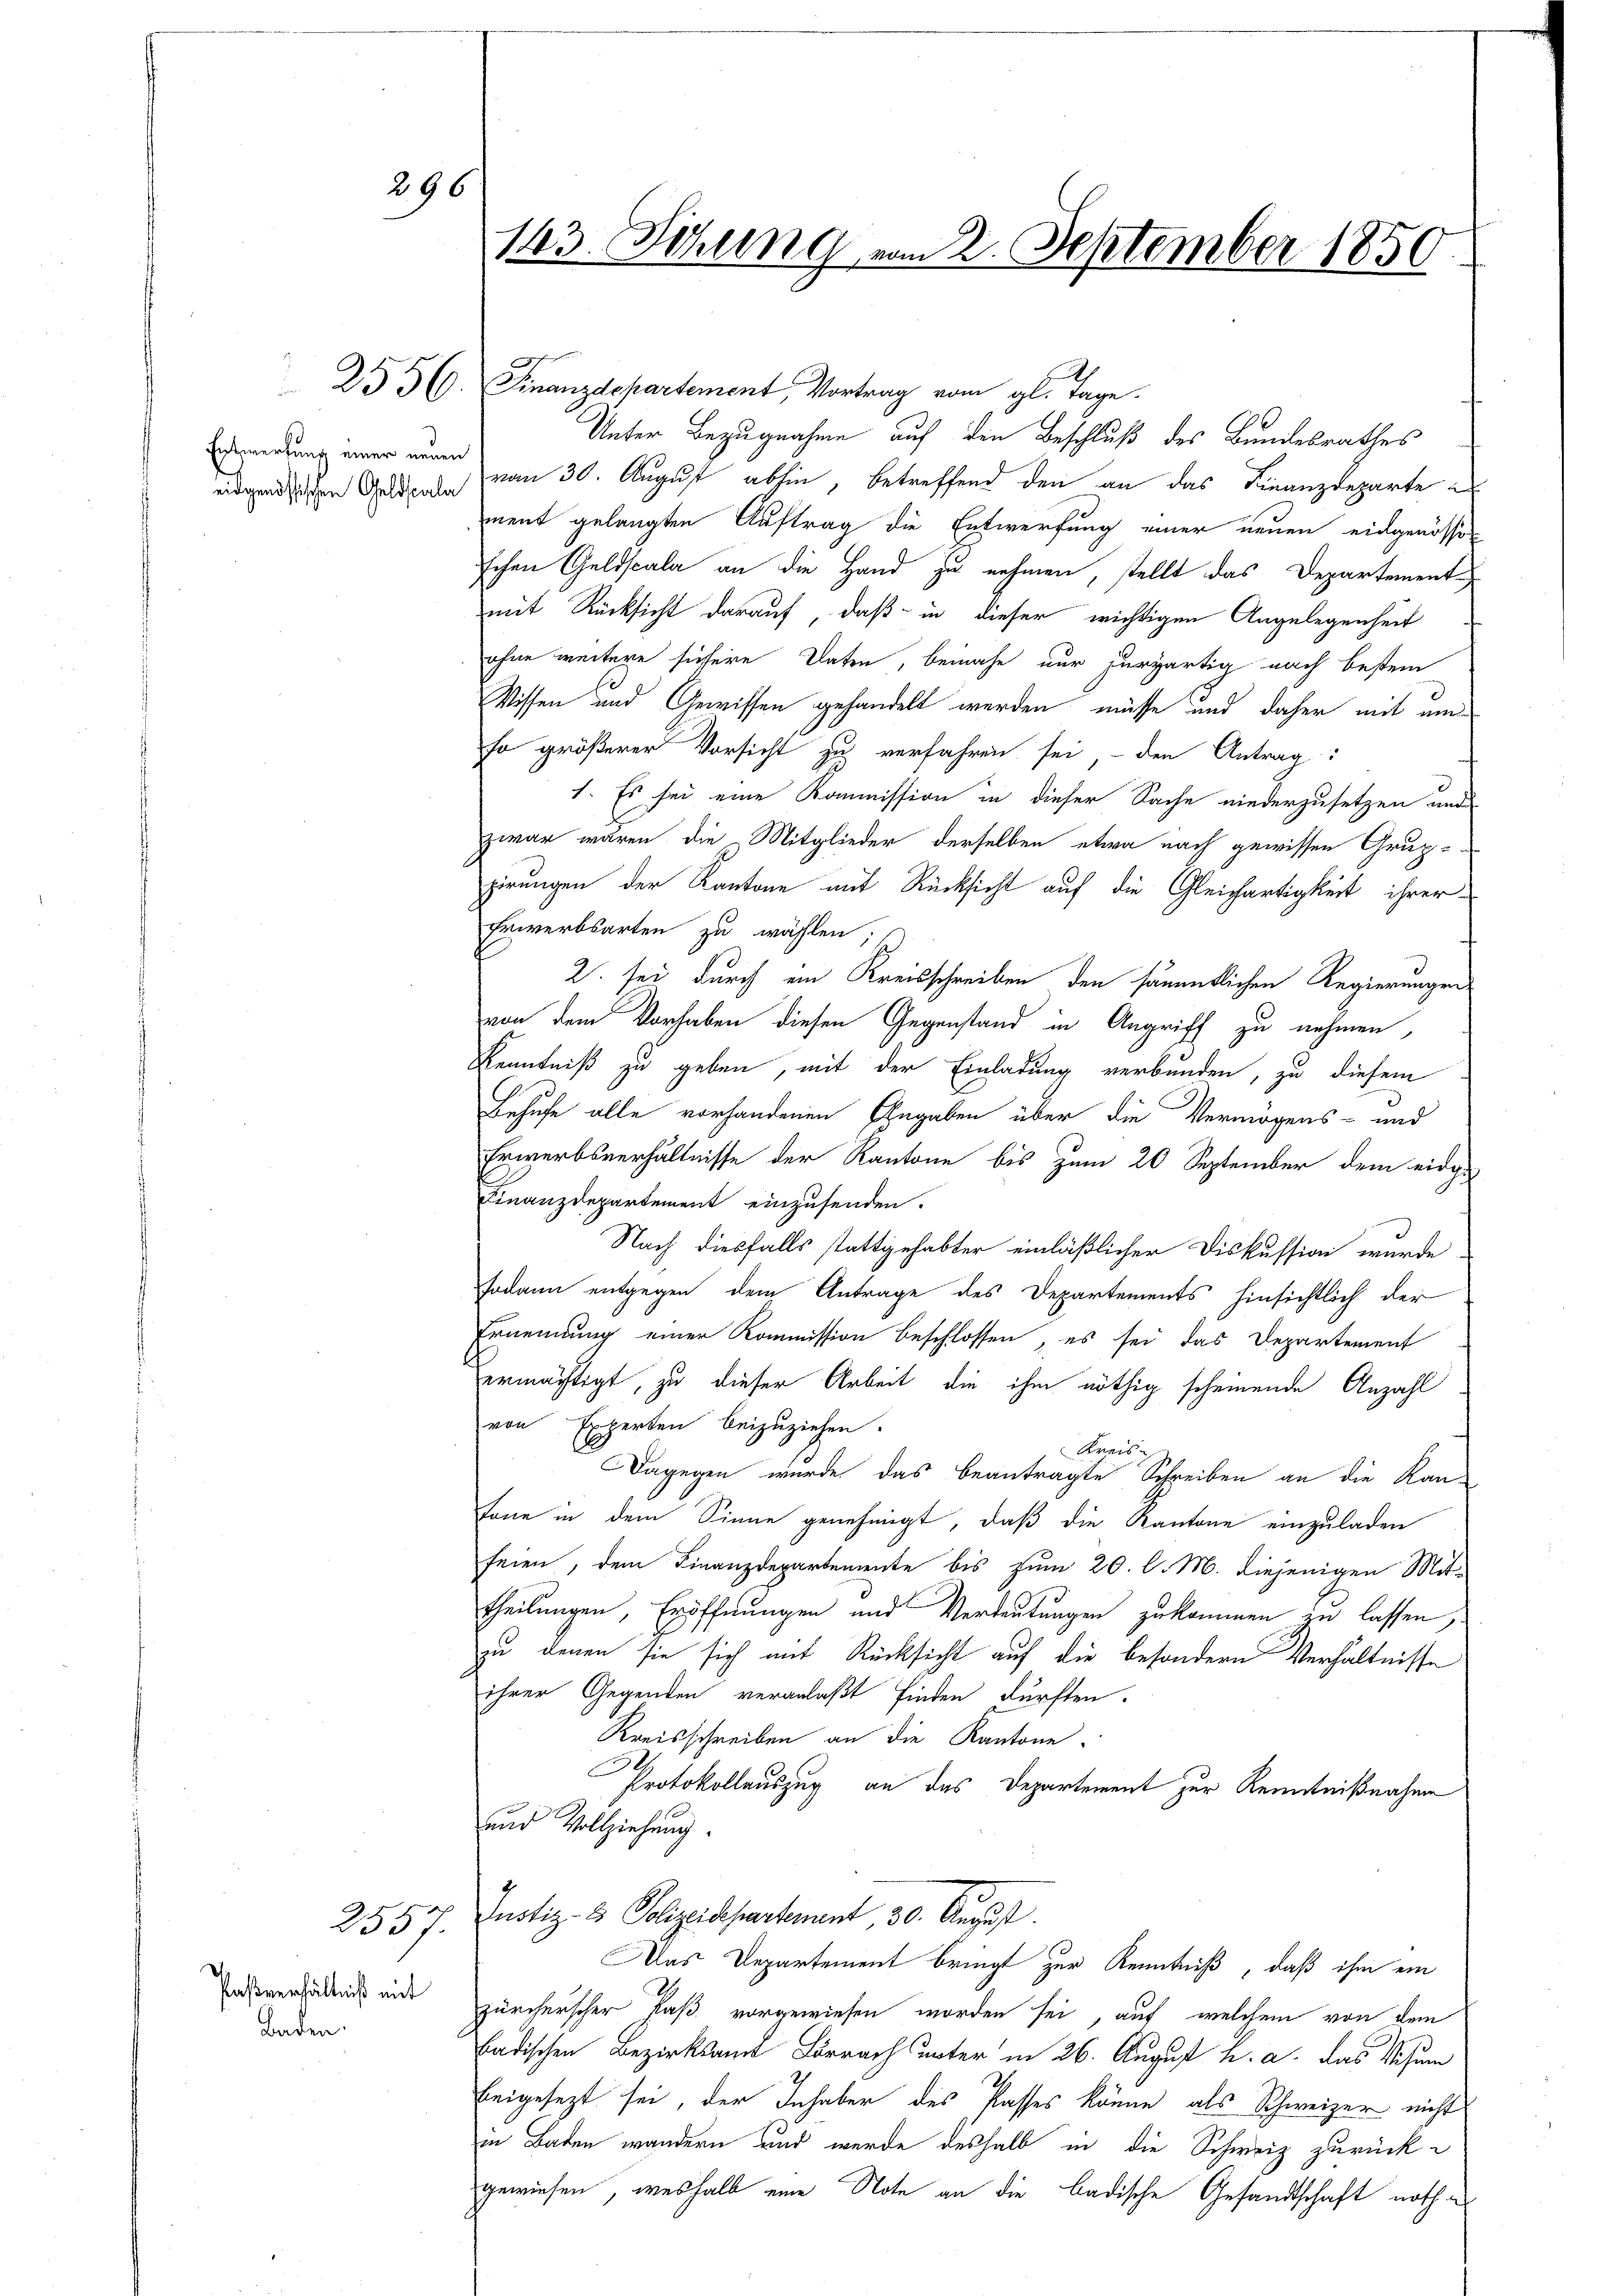
296

Enswertung einer neuen

Paßverhältniß mit
Baden.

2557.

143. Sitzung vom 2. September 1850.

2556. Finanzdepartement, Vortrag vom gl. Tage.
Unter Bezugnahme auf den Beschluß des Bundesrathes
eidgenössischen Geld von 30. August abhin, betreffend den an das Finanzdeparte in
ment gelangten Auftrag die Entwerfung einer neuen eingenösser
schen Geldscala an die Hand zu nehmen, stellt das Departementmit Rücksicht darauf, daß in dieser wichtigen Angelegenheit
ohne weitere sichere Daten, beinahe nur hurzärtig nach bestem
Wissen und Gewissen gehandelt werden müsse und daher mit um
so größerer Vorsicht zu verfahren sei, - den Antrag:
1. Es sei eine Kommission in dieser Sache niederzusetzen ande
zwar waren, die Mitglieder derselben etwa nach gewissen Grup-
pirungen der Kantone mit Rücksicht auf die Gleichartigkeit ihrer
Erwerbsarten zu wählen;
2. sei durch ein Kreisschreiben den sämmtlichen Regierungen
von dem Vorhaben diesen Gegenstand in Angriff zu nehmen,
Kenntniß zu geben, mit der Einladung verbunden, zu diesem
Behufe alle vorhandenen Eingaben über die Vermögens- und
Erwerbsverhältnisse der Kantone bis zum 20 September dem eidge¬
Finanzdepartement einzusenden.
Nach diesfalls stattgehabter einläßlicher Diskussion wurde
sodann entgegen dem Antrage des Departements hinsichtlich der
Ernennung einer Kommission beschlossen, es sei das Departement
Vermächtigt, zu dieser Arbeit die ihm nöthig scheinende Anzahl
von Experten beizuziehen.
Kreis
Dagegen wurde das beantragte Schreiben an die Kan-
Tone in dem Sinne genehmigt, daß die Kantone einzuladen
feien, dem Finanzdepartemente bis zum 20. d. M. diejenigen Mit-
theilungen, Eröffnungen und Verdeutungen zukommen zu lassen,
zu denen sie sich mit Rücksicht auf die besondern Verhältnisse
ihrer Gegenden veranlaßt finden dürften.
Kreisschreiben an die Kantone.
Protokollauszug an das Departement zur Kenntnißnahme
und Vollziehung.
Justiz- & Polizeidepartement, 30. August.
Das Departement bringt zur Kenntniß, daß ihm ein
zürcherscher Paß vorgewiesen worden sei, auf welchem von dem
badischen Bezirksamt Lörrach unter in 26. August h. a. das Visum
beigesezt sei, der Inhaber des Passes könne, als Schweizer nicht
in Baden wandern und werde deshalb in die Schweiz zurückgewiesen, weshalb eine Note an die badische Gesandtschaft noth a